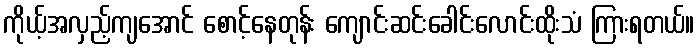
ကိုယ့်အလှည့်ကျအောင် စောင့်နေတုန်း ကျောင်းဆင်းခေါင်းလောင်းထိုးသံ ကြားရတယ်။